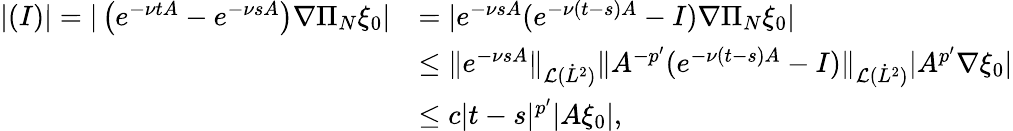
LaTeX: \begin{array}{rl}{|(I)|=|\left(e^{-\nu tA}-e^{-\nu sA}\right)\nabla\Pi_{N}\xi_{0}|}&{=|e^{-\nu sA}(e^{-\nu(t-s)A}-I)\nabla\Pi_{N}\xi_{0}|}\\ &{\leq\| e^{-\nu sA}\| _{\mathcal{L}(\dot{L}^{2})}\| A^{-{p^{\prime}}}(e^{-\nu(t-s)A}-I)\| _{\mathcal{L}(\dot{L}^{2})}|A^{p^{\prime}}\nabla\xi_{0}|}\\ &{\leq c|t-s|^{{p^{\prime}}}|A\xi_{0}|,}\end{array}